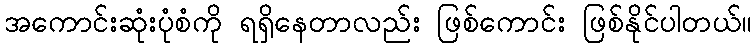
အကောင်းဆုံးပုံစံကို ရရှိနေတာလည်း ဖြစ်ကောင်း ဖြစ်နိုင်ပါတယ်။